Civil Veterinary Department Bengal reports 1923-33 - 1923-1933
Year: 1923
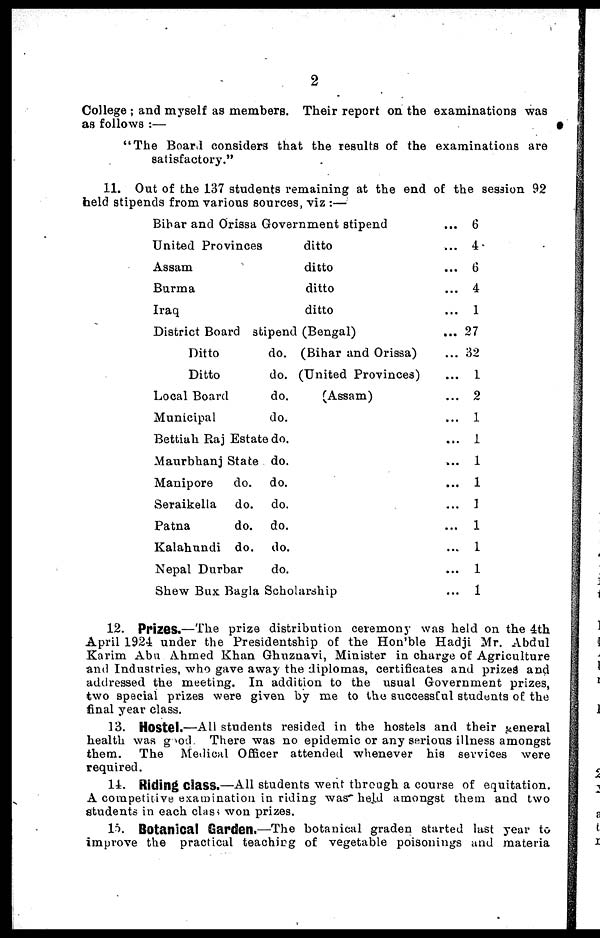
2
College ; and myself as members. Their report on the examinations was
as follows :—
"The Board considers that the results of the examinations are
satisfactory."
11. Out of the 137 students remaining at the end of the session 92
held stipends from various sources, viz :—
Bihar and Orissa Government stipend
United Provinces
Assam
Burma
Iraq
ditto
ditto
ditto
ditto
District Board stipend (Bengal)
Ditto
Ditto
Local Board
Municipal
do.
do.
do.
do.
Bettiah Raj Estate do.
Maurbhanj State
Manipore
do.
Seraikella
do.
Patna
do.
Kalahundi do.
Nepal Durbar
do.
do.
do.
do.
do.
do.
(Bihar and Orissa)
(United Provinces)
(Assam)
Shew Bux Bagla Scholarship
...
...
...
...
...
...
...
...
...
...
...
...
...
...
...
...
...
...
6
4
6
4
1
27
32
1
2
1
1
1
1
1
1
1
1
1
12. Prizes.—The prize distribution ceremony was held on the 4th
April 1924 under the Presidentship of the Hon'ble Hadji Mr. Abdul
Karim Abu Ahmed Khan Ghuznavi, Minister in charge of Agriculture
and Industries, who gave away the diplomas, certificates and prized and
addressed the meeting. In addition to the usual Government prizes,
two special prizes were given by me to the successful students of the
final year class.
13. Hostel.—All students resided in the hostels and their general
health was good. There was no epidemic or any serious illness amongst
them. The Medical Officer attended whenever his services were
required.
14. Riding Class.—All students went through a course of equitation.
A competitive examination in riding was held amongst them and two
students in each class won prizes.
15. Botanical Garden.—The botanical graden started last year to
improve the practical teaching of vegetable poisonings and materia